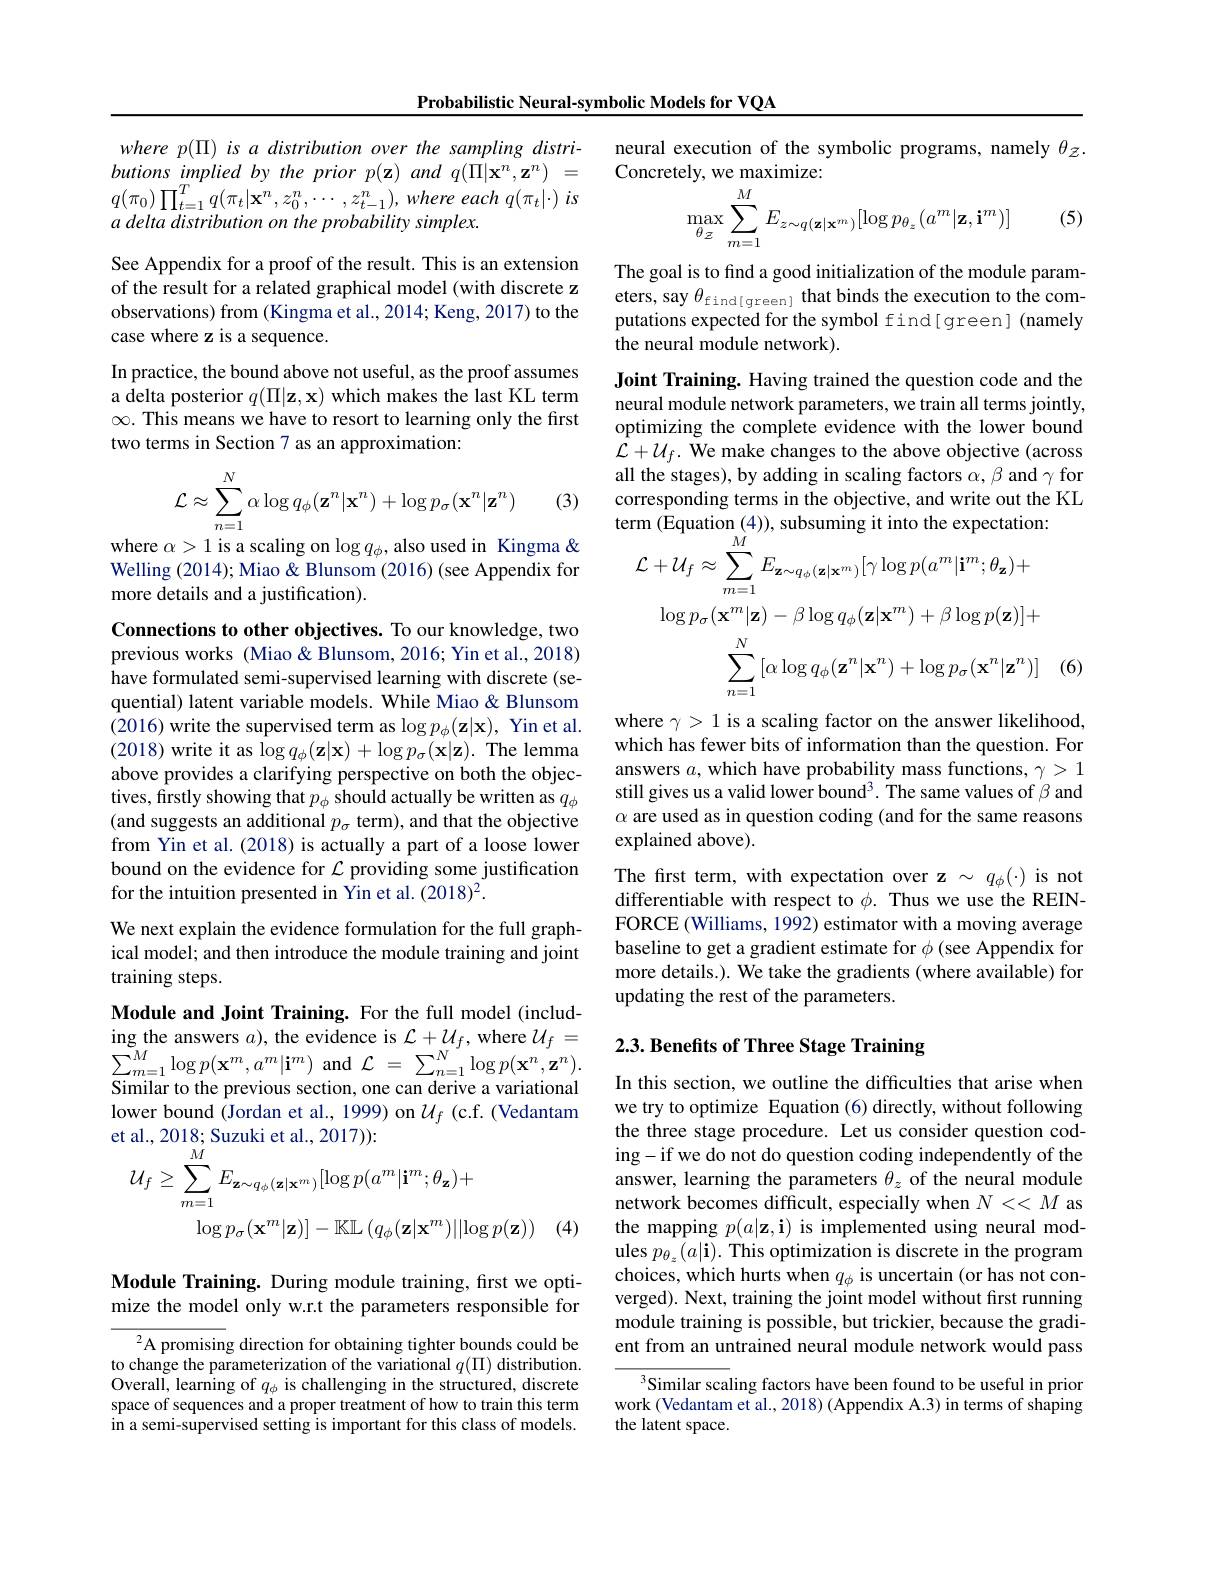
Probabilistic Neural-symbolic Models for VQA

where p( I) is a distribution over the sampling distri- $butions~implied~by~the~prior~p(\mathbf{z})~and~q(\Pi|\mathbf{x}^{n},\mathbf{z}^{n})~=$ $q( \pi _{0}) \prod _{t= 1}^{T}q( \pi _{t}| \mathbf{x} ^{n}, z_{0}^{n}, \cdots , z_{t- 1}^{n}) , where$ each $q( \pi _{t}| \cdot )$ $is$ a delta distribution on the probability simplex.

See Appendix for a proof of the result. This is an extension of the result for a related graphical model (with discrete z observations) from (Kingma et al., 2014; Keng, 2017) to the case where z is a sequence.
In practice, the bound above not useful, as the proof assumes a delta posterior $q(\Pi|\mathbf{z},\mathbf{x})$ which makes the last KL term $\infty.$ This means we have to resort to learning only the first two terms in Section 7 as an approximation:

(3)
$$\mathcal{L}\approx\sum_{n=1}^N\alpha\log q_\phi(\mathbf{z}^n|\mathbf{x}^n)+\log p_\sigma(\mathbf{x}^n|\mathbf{z}^n)$$
where $\alpha>1$ is a scaling on $\log q_\phi$,also used in Kingma & Welling (2014); Miao & Blunsom (2016) (see Appendix for more details and a justification).

Connections to other objectives. To our knowledge, two previous works (Miao&Blunsom,2016; Yin et al., 2018) have formulated semi-supervised learning with discrete (sequential) latent variable models. While Miao & Blunsom (2016) write the supervised term as $\log p_\phi(\mathbf{z}|\mathbf{x})$, Yin et al. (2018) write it as $\log q_\phi(\mathbf{z}|\mathbf{x})+\log p_\sigma(\mathbf{x}|\mathbf{z}).$ The lemma above provides a clarifying perspective on both the objectives, firstly showing that $p_\phi$ should actually be written as $q_\phi$ (and suggests an additional $p_\sigma$ term), and that the objective from Yin et al. (2018) is actually a part of a loose lower bound on the evidence for $\mathcal{L}$ providing some justification for the intuition presented in Yin et al. (2018)2.
We next explain the evidence formulation for the full graph-

ical model; and then introduce the module training and joint

training steps.

Module and Joint Training. For the full model (including the answers $a)$, the evidence is $\mathcal{L}+\mathcal{U}_f$, where $\mathcal{U}_f=$ $\sum_{m=1}^{M}\log p(\mathbf{x}^{m},a^{m}|\mathbf{i}^{m})$ and $\mathcal{L}=\sum_{n=1}^{N}\log p(\mathbf{x}^{n},\mathbf{z}^{n}).$ Similar to the previous section, one can derive a variational lower bound (Jordan et al., 1999) on $\mathcal{U}_f$ (c.f. (Vedantam
$$\begin{aligned}&\text{t al., 2018; Suzukl et al., 2017)):}\\&\mathcal{U}_{f}\geq\sum_{m=1}^{M}E_{\mathbf{z}\sim q_{\phi}(\mathbf{z}|\mathbf{x}^{m})}[\log p(a^{m}|\mathbf{i}^{m};\theta_{\mathbf{z}})+\\&\log p_{\sigma}(\mathbf{x}^{m}|\mathbf{z})]-\mathbb{K}\mathbb{L}\left(q_{\phi}(\mathbf{z}|\mathbf{x}^{m})||\log p(\mathbf{z})\right)\end{aligned}$$
(4)

Module Training. During module training, fırst we optimize the model only w.r.t the parameters responsible for

$^2$A promising direction for obtaining tighter bounds could be to change the parameterization of the variational $q(\Pi)$ distribution. Overall, learning of $q_\phi$ is challenging in the structured, discrete space of sequences and a proper treatment of how to train this term in a semi-supervised setting is important for this class of models.

neural execution of the symbolic programs, namely $\theta_{\mathcal{Z}}.$
Concretely, we maximize:
$$\max_{\theta_{\mathcal{Z}}}\sum_{m=1}^{M}E_{z\sim q(\mathbf{z}|\mathbf{x}^{m})}[\log p_{\theta_{z}}(a^{m}|\mathbf{z},\mathbf{i}^{m})]$$
(5)

The goal is to find a good initialization of the module parameters, say $\theta_\mathrm{find[green]}$ that binds the execution to the computations expected for the symbol find[ green] (namely the neural module network).

Joint Training. Having trained the question code and the neural module network parameters, we train all terms jointly, optimizing the complete evidence with the lower bound $\mathcal{L}+\mathcal{U}_f.$ We make changes to the above objective (across all the stages), by adding in scaling factors $\alpha,\beta$ and $\gamma$ for corresponding terms in the objective, and write out the KL
$$\begin{aligned}&\mathrm{ellin~(Lquauon~(4)),~suosulling~n~linto~ule~expectation.}\\&\mathcal{L}+\mathcal{U}_{f}\approx\sum_{m=1}^{M}E_{\mathbf{z}\sim q_{\phi}(\mathbf{z}|\mathbf{x}^{m})}[\gamma\log p(a^{m}|\mathbf{i}^{m};\theta_{\mathbf{z}})+\\&\log p_{\sigma}(\mathbf{x}^{m}|\mathbf{z})-\beta\log q_{\phi}(\mathbf{z}|\mathbf{x}^{m})+\beta\log p(\mathbf{z})]+\\&\sum_{n=1}^{N}\left[\alpha\log q_{\phi}(\mathbf{z}^{n}|\mathbf{x}^{n})+\log p_{\sigma}(\mathbf{x}^{n}|\mathbf{z}^{n})\right]\end{aligned}$$
$(\epsilon$

where $\gamma>1$ is a scaling factor on the answer likelihood, which has fewer bits of information than the question. For answers $a$, which have probability mass functions, $\gamma>1$ still gives us a valid lower bound'. The same values of $\beta$ and $\alpha$ are used as in question coding (and for the same reasons explained above).
The first term, with expectation over z $\sim q_\phi(\cdot)$ is not differentiable with respect to $\phi.$ Thus we use the REINFORCE (Williams, 1992) estimator with a moving average baseline to get a gradient estimate for $\phi$ (see Appendix for more details.). We take the gradients (where available) for updating the rest of the parameters.

## 2.3. Benefits of Three Stage Training

In this section, we outline the difficulties that arise when we try to optimize Equation (6) directly, without following the three stage procedure. Let us consider question coding-if we do not do question coding independently of the answer, learning the parameters $\theta_z$ of the neural module network becomes difficult, especially when $N<<M$ as the mapping $p(a|\mathbf{z},\mathbf{i})$ is implemented using neural modules $p_{\theta_{z}}(a|\mathbf{i}).$ This optimization is discrete in the program choices, which hurts when $q_\phi$ is uncertain (or has not converged). Next, training the joint model without first running module training is possible, but trickier, because the gradient from an untrained neural module network would pass

Similar scaling factors have been found to be useful in prior work (Vedantam et al., 2018) (Appendix A.3) in terms of shaping the latent space.